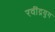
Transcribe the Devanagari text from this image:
रवींद्रयुग